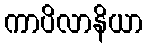
ကာပိလာနိယာ